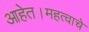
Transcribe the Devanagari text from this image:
आहेत।महत्वाचे